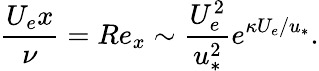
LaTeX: \frac{U_{e}x}{\nu}=Re_{x}\sim\frac{U_{e}^{2}}{u_{*}^{2}}e^{\kappa U_{e}/u_{*}}.